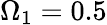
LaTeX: \Omega_{1}=0.5